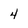
Character: 4